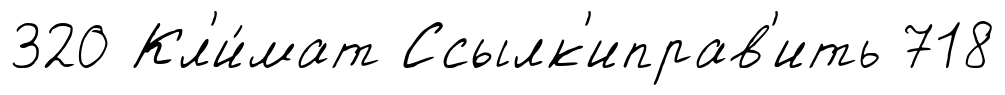
320 Кл'и́мат Ссылк'иправ'ить 718